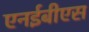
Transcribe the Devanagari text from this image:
एनईबीएस